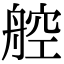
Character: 𬜖